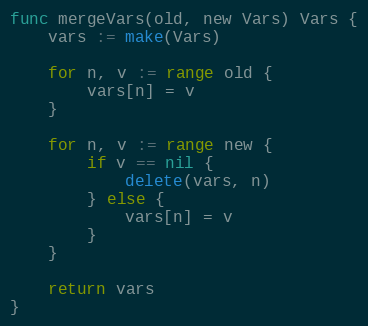
Language: Go
func mergeVars(old, new Vars) Vars {
	vars := make(Vars)

	for n, v := range old {
		vars[n] = v
	}

	for n, v := range new {
		if v == nil {
			delete(vars, n)
		} else {
			vars[n] = v
		}
	}

	return vars
}